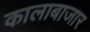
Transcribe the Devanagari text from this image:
कालाबाजार